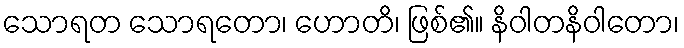
သောရတ သောရတော၊ ဟောတိ၊ ဖြစ်၏။ နိဝါတနိဝါတော၊